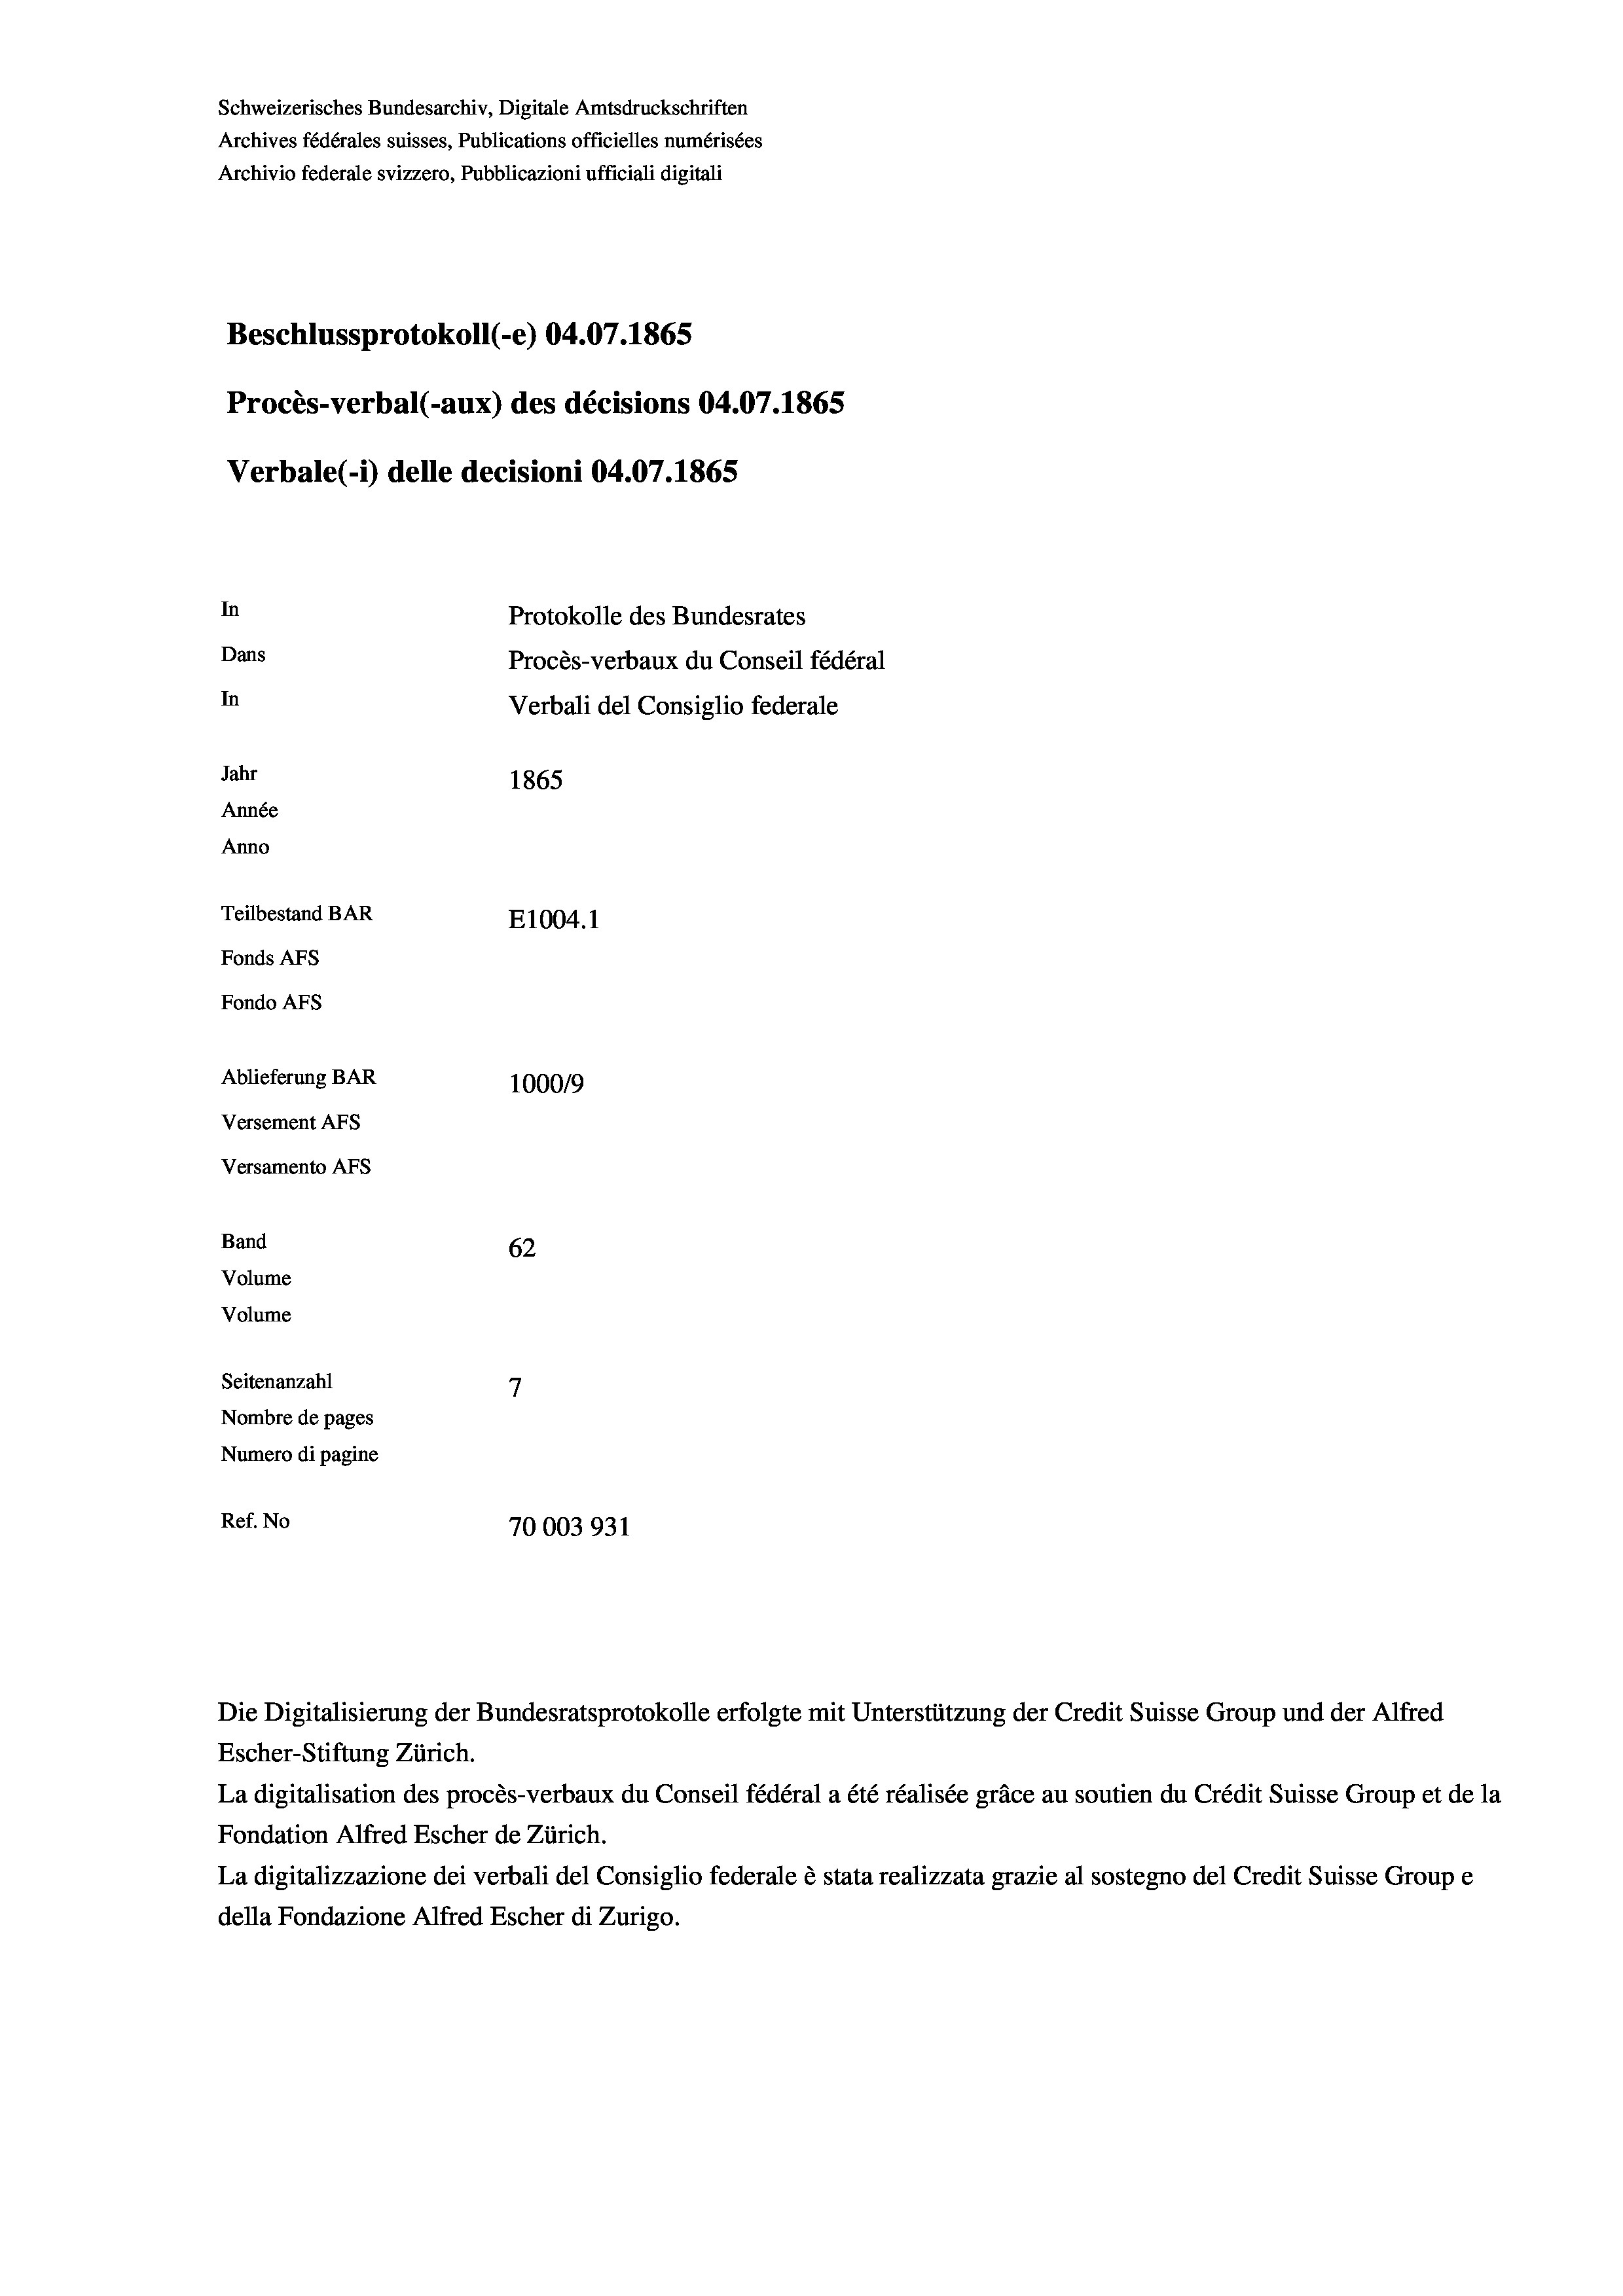
Schweizerisches Bundesarchiv, Digitale Amtsdruckschriften
Archives fédérales suisses, Publications officielles numérisées
Archivio federale svizzero, Pubblicazioni ufficiali digitali
Beschlussprotokoll (-e) 04.07. 1865
Procès-verbal (-aux) des décisions 04.07.1865
Verbale(*) delle decisioni 04.07. 1865
In
Protokolle des Bundesrates
Dans
Procès-verbaux du Conseil fédéral
In
Verbali del Consiglio federale
Jahr
1865
Année
Anno
Teilbestand BAR
E1004.1
Fonds AFs
Fondo AFS
Ablieferung BAR
1000/9
Versement Abs
Versamento Afs
Band
62
Volume
Volume
7
Seitenanzahl
Nombre de pages
Numero di pagine
Ref. No
70003931

Die Digitalisierung der Bundesratsprotokolle erfolgte mit Unterstützung der Credit Suisse Group und der Alfred

Escher-Stiftung Zürich.
La digitalisation des procès-verbaux du Conseil fédéral a été réalisée gräce au soutien du Crédit Suisse Group et de la
Fondation Alfred Escher de Zürich.
La digitalizzazione dei verbali del Consiglio federale è stata realizzata grazie al sostegno del Credit Suisse Groupe
della Fondazione Alfred Escher di Zurigo.